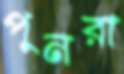
পুনরা